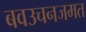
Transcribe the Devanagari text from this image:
बवउचनजमत